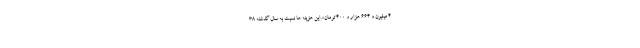
۴ میلیون و ۶۶۴ هزار و ۴۰۰ تومان». این هزینه ها نسبت به سال گذشته ۳۸